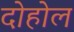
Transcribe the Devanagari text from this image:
दोहोल